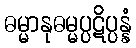
ဓမ္မာနုဓမ္မပ္ပဋိပ္ပန္နံ